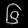
Digit: ၆